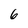
Character: 6